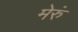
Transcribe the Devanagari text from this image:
मेरुं